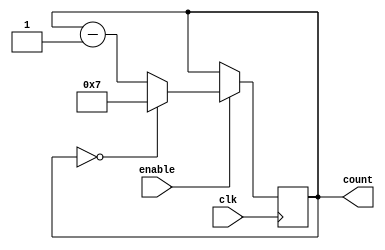
module Modulo_N_Down_Counter (
    input wire clk,
    input wire enable,
    output reg [N-1:0] count
);

parameter N = 8; //Determines the size of the counter

always @ (posedge clk) begin
    if (enable)
        count <= (count == 0) ? N-1 : count - 1;
end

endmodule